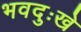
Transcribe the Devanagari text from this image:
भवदुःखे